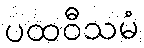
ပထဝီသမံ